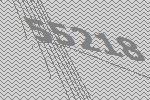
55218